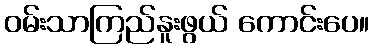
ဝမ်းသာကြည်နူးဖွယ် ကောင်းပေ။